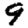
Digit: 9